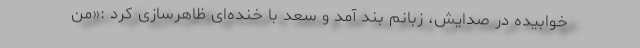
خوابیده در صدایش، زبانم بند آمد و سعد با خنده‌ای ظاهرسازی کرد :«من